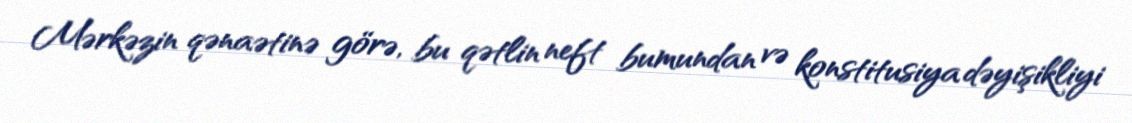
Mərkəzin qənaətinə görə, bu qətlin neft bumundan və konstitusiya dəyişikliyi